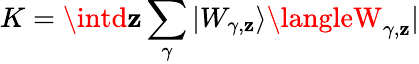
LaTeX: K=\intd\mathbf{z}\sum_{\gamma}|W_{\gamma,\mathbf{z}}\rangle\langleW_{\gamma,\mathbf{z}}|